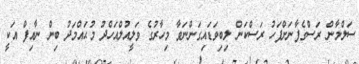
ސަލްމާން ރަސްގެފާނަށްފަހު ރަސްކަން ލިބިވަޑައިގަންނަވާ މިހާރުގެ ވަލީއުލްއަހްދު މުޙައްމަދު ބިން ނާއިފް އަކީ